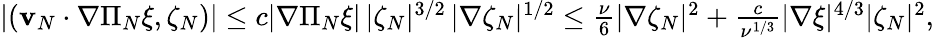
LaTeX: \begin{array}{r}{\left|\left(\mathbf{v}_{N}\cdot\nabla\Pi_{N}\xi,\zeta_{N}\right)\right|\leq c|\nabla\Pi_{N}\xi|\, |\zeta_{N}|^{3/2}\, |\nabla\zeta_{N}|^{1/2}\leq\frac{\nu}{6}|\nabla\zeta_{N}|^{2}+\frac{c}{\nu^{1/3}}|\nabla\xi|^{4/3}|\zeta_{N}|^{2},}\end{array}